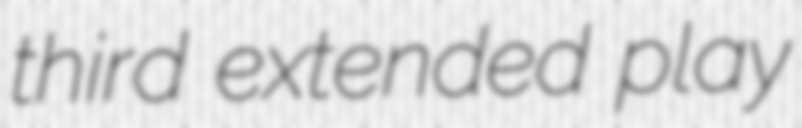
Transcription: third extended play